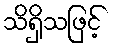
သိရှိသဖြင့်